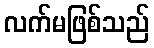
လက်မဖြစ်သည်